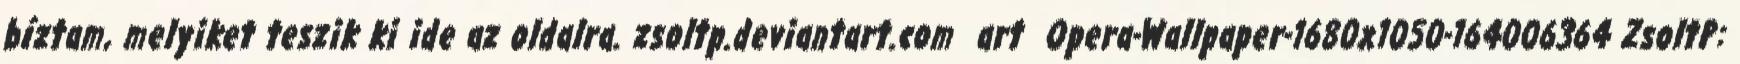
bíztam, melyiket teszik ki ide az oldalra. zsoltp.deviantart.com art Opera-Wallpaper-1680x1050-164006364 ZsoltP: